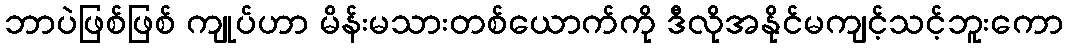
ဘာပဲဖြစ်ဖြစ် ကျုပ်ဟာ မိန်းမသားတစ်ယောက်ကို ဒီလိုအနိုင်မကျင့်သင့်ဘူးကော